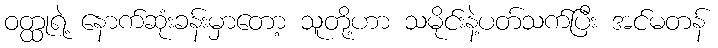
ဝတ္ထုရဲ့ နောက်ဆုံးခန်းမှာတော့ သူတို့ဟာ သမိုင်းနဲ့ပတ်သက်ပြီး အင်မတန်